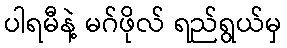
ပါရမီနဲ့ မဂ်ဖိုလ် ရည်ရွယ်မှ